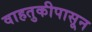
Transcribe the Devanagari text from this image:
वाहतुकीपासून